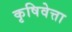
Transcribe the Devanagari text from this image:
कृषिवेत्ता